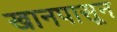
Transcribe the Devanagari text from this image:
खानपासून